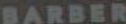
BARBER